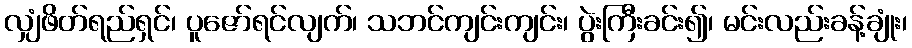
လျှံဖိတ်ရည်ရှင်၊ ပူဇော်ရင်လျက်၊ သဘင်ကျင်းကျင်း၊ ပွဲးကြီးခင်း၍၊ မင်းလည်းခန့်ချုံး၊